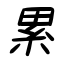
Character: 累